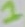
Text: 1